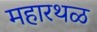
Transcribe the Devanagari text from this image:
महारथळ